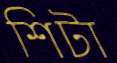
শিটা